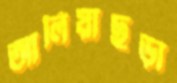
আলিয়াছড়া